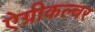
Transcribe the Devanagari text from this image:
ऐग्रीकल्चर